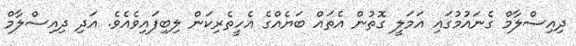
ދިއިސްލާމް ގެނައުމުގައި އަމަލީ ގޮތުން އެތައް ބަޔެއްގެ އެހީތެރިކަން ލިބިފައިވެއެވެ. އަދި ދިއިސްލާމް